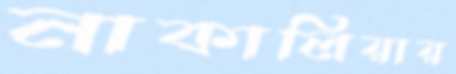
নাকালিয়ায়